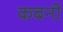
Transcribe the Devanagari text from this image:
कबनी